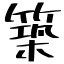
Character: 築